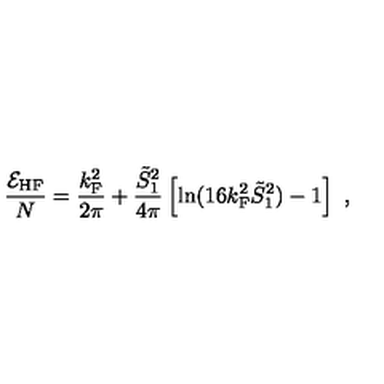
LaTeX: \frac { { \cal E } _ { \mathrm { H F } } } { N } = \frac { k _ { \mathrm { F } } ^ { 2 } } { 2 \pi } + \frac { \tilde { S } _ { 1 } ^ { 2 } } { 4 \pi } \left[ \ln ( 1 6 k _ { \mathrm { F } } ^ { 2 } \tilde { S } _ { 1 } ^ { 2 } ) - 1 \right] \ ,